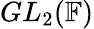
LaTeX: GL_{2}(\mathbb{F})